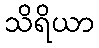
သိရိယာ